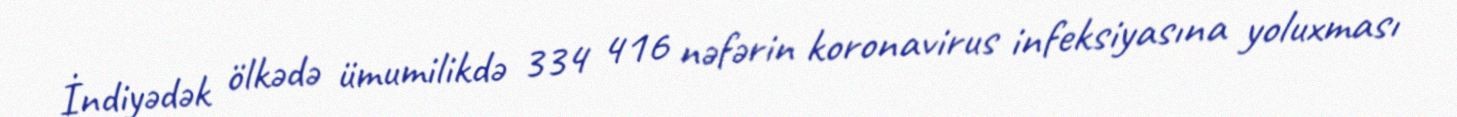
İndiyədək ölkədə ümumilikdə 334 416 nəfərin koronavirus infeksiyasına yoluxması